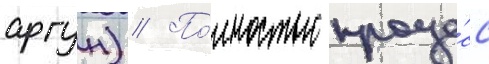
аргун) // По́лностью проце́сс